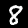
Label: 8